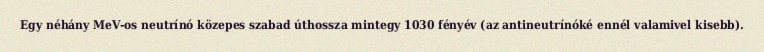
Egy néhány MeV-os neutrínó közepes szabad úthossza mintegy 1030 fényév (az antineutrínóké ennél valamivel kisebb).